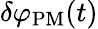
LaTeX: \delta\varphi_{\mathrm{PM}}(t)